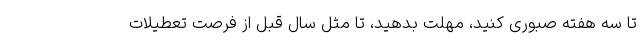
تا سه هفته صبوری کنید، مهلت بدهید، تا مثل سال قبل از فرصت تعطیلات